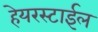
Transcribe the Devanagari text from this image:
हेयरस्टाईल